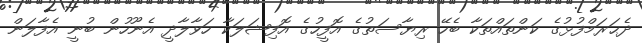
ދެޙަރަމްފުޅުގެ ކަންތައްތަކާ ބެހޭ ރިޔާސަތުގެ އޮފީހުގެ އޮފިޝަލަކާ ހަވާލާދީ އެނޫހުން ބުނީ އެފާލަން